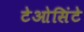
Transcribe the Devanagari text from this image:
टेओसिंटे